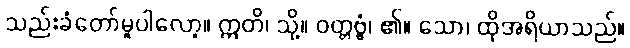
သည်းခံတော်မူပါလော့။ ဣတိ၊ သို့။ ဝတ္တဗ္ဗံ၊ ၏။ သော၊ ထိုအရိယာသည်။